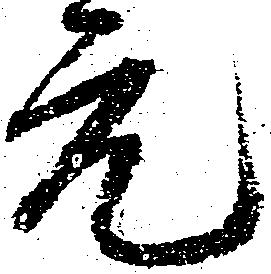
元